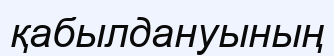
қабылдануының